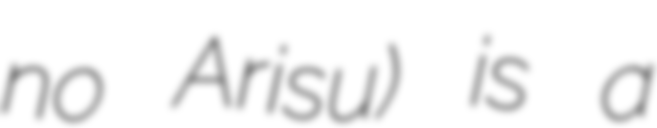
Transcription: no Arisu) is a